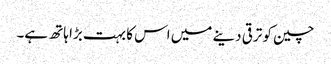
چین کو ترقی دینے میں اس کا بہت بڑا ہاتھ ہے۔